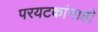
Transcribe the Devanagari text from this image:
परयटकांनाही